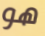
هو